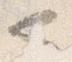
也